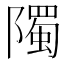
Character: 𮥦